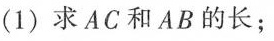
(1)求AC和AB的长；